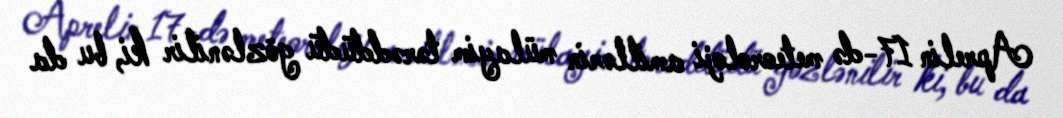
Aprelin 17-də meteoroloji amillərin mülayim tərəddüdü gözlənilir ki, bu da